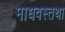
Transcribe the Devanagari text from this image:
माधवस्तथा